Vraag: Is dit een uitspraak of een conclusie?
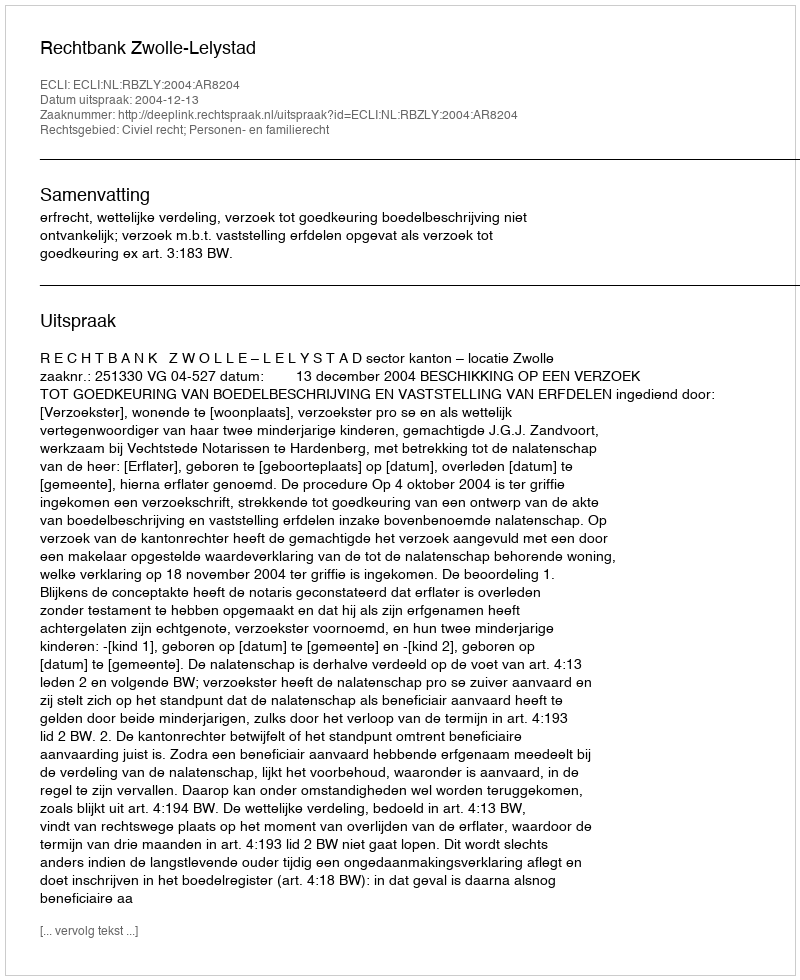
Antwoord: Uitspraak